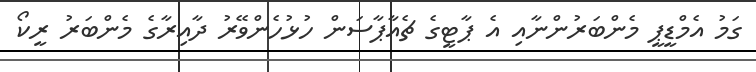
ގަމު އެމްޑީޕީ މެންބަރުންނާއި އެ ޕާޓީގެ ޗެއާޕާސަން ހުޅުހެންވޭރު ދާއިރާގެ މެންބަރު ރީކޯ